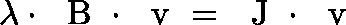
\lambda \cdot { \mathrm { ~ \boldmath ~ B ~ } } \cdot { \mathrm { ~ \boldmath ~ v ~ } } = { \mathrm { ~ \boldmath ~ J ~ } } \cdot { \mathrm { ~ \boldmath ~ v ~ } }